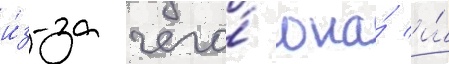
и́з-за чего́ она́ и́